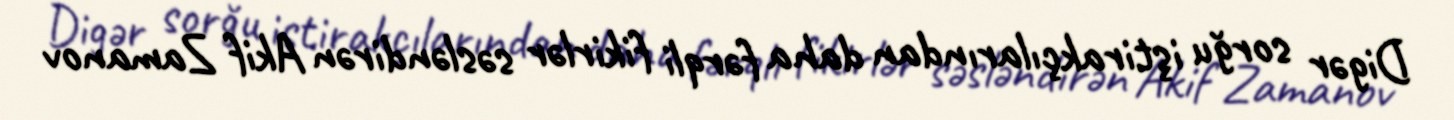
Digər sorğu iştirakçılarından daha fərqli fikirlər səsləndirən Akif Zamanov